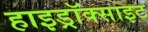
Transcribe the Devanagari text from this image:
हाइड्रॉक्साइट